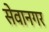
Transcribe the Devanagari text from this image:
सेवानगर